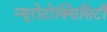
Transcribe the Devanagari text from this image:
न्यूरोटोक्सिसिटी